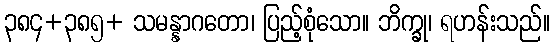
၃၈၄+၃၈၅+ သမန္နာဂတော၊ ပြည့်စုံသော။ ဘိက္ခု၊ ရဟန်းသည်။